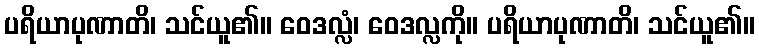
ပရိယာပုဏာတိ၊ သင်ယူ၏။ ဝေဒလ္လံ၊ ဝေဒလ္လကို။ ပရိယာပုဏာတိ၊ သင်ယူ၏။